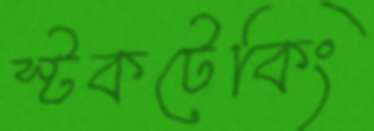
স্টকটেকিং